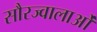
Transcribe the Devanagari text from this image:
सौरज्वालाओं